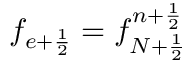
f _ { e + \frac { 1 } { 2 } } = f _ { N + \frac { 1 } { 2 } } ^ { n + \frac { 1 } { 2 } }